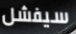
سيفشل